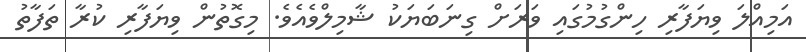
އަމިއްލަ ވިޔަފާރި ހިންގުމުގައި ވަރަށް ގިނަބަޔަކު ޝާމިލްވެއެވެ. މިގޮތުން ވިޔަފާރި ކުރާ ތަފާތު